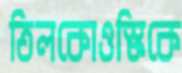
তিলকোওস্কিকে